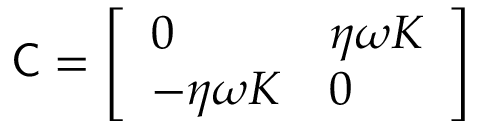
{ \mathsf { C } } = { \left[ \begin{array} { l l } { 0 } & { \eta \omega K } \\ { - \eta \omega K } & { 0 } \end{array} \right] }